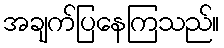
အချက်ပြနေကြသည်။